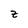
Character: Z